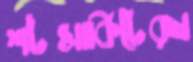
শর্টসার্কিটেরষ